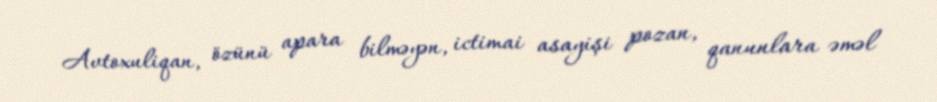
Avtoxuliqan, özünü apara bilməyən, ictimai asayişi pozan, qanunlara əməl